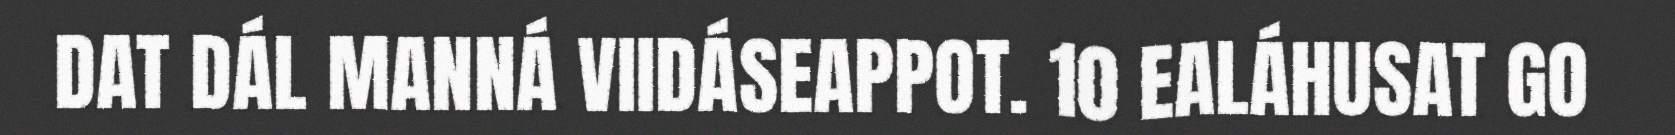
DAT DÁL MANNÁ VIIDÁSEAPPOT. 10 EALÁHUSAT GO